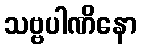
သဗ္ဗပါဏိနော